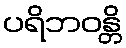
ပရိဘဝန္တိ